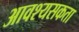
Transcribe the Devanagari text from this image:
आवश्यसकता